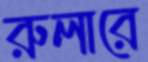
রুলারে